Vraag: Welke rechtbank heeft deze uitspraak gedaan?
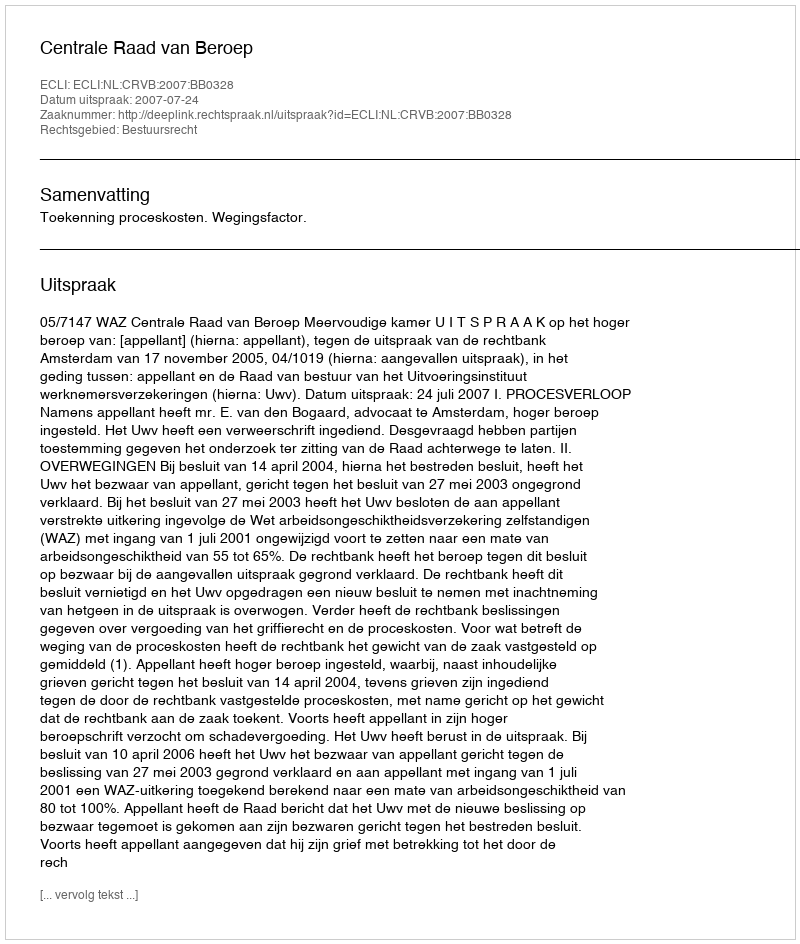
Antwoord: Centrale Raad van Beroep